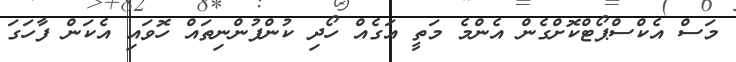
މަސް އެކްސްޕޯޓްކޮށްގެން އެންމެ މަތީ އަގެއް ހޯދި ކުންފުންނިތައް ހޮވައި އެކަން ފާހަގަ